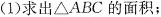
(1)求出△ABC的面积；